Annual report of the Punjab Veterinary College and of the Civil Veterinary Department, Punjab - 1926-1932
Year: 1926
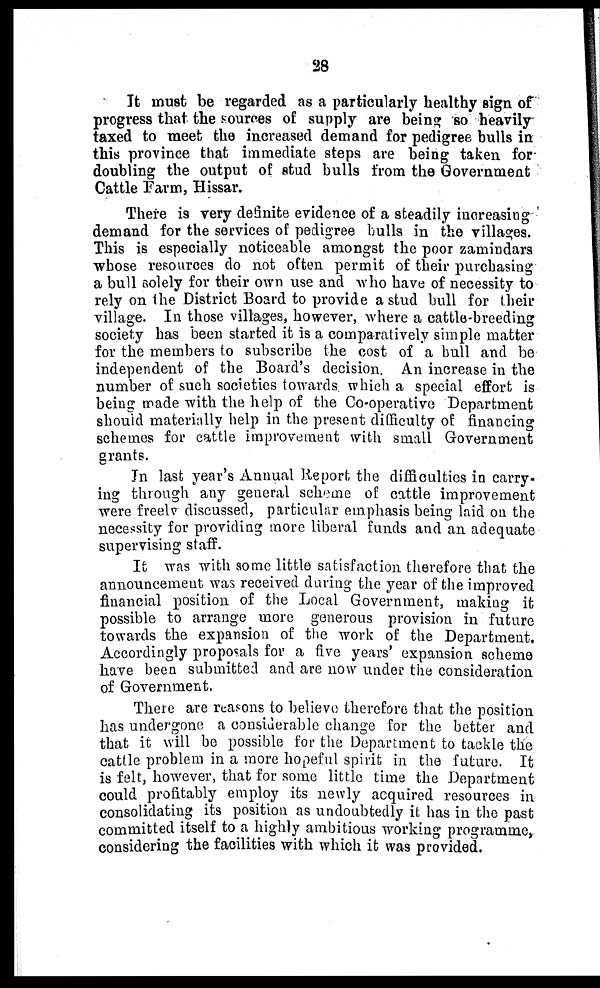
28
It must be regarded as a particularly healthy sign of
progress that the sources of supply are being so heavily
taxed to meet the increased demand for pedigree bulls in
this province that immediate steps are being taken for
doubling the output of stud bulls from the Government
Cattle Farm, Hissar.
There is very definite evidence of a steadily increasing
demand for the services of pedigree bulls in the villages.
This is especially noticeable amongst the poor zamindars
whose resources do not often permit of their purchasing
a bull solely for their own use and who have of necessity to
rely on the District Board to provide a stud bull for their
village. In those villages, however, where a cattle-breeding
society has been started it is a comparatively simple matter
for the members to subscribe the cost of a bull and be
independent of the Board's decision. An increase in the
number of such societies towards which a special effort is
being made with the help of the Co-operative Department
should materially help in the present difficulty of financing
schemes for cattle improvement with small Government
grants.
In last year's Annual Report the difficulties in carry-
ing through any general scheme of cattle improvement
were freely discussed, particular emphasis being laid on the
necessity for providing more liberal funds and an adequate
supervising staff.
It was with some little satisfaction therefore that the
announcement was received during the year of the improved
financial position of the Local Government, making it
possible to arrange more generous provision in future
towards the expansion of the work of the Department.
Accordingly proposals for a five years' expansion scheme
have been submitted and are now under the consideration
of Government.
There are reasons to believe therefore that the position
has undergone a considerable change for the better and
that it will be possible for the Department to tackle the
cattle problem in a more hopeful spirit in the future. It
is felt, however, that for some little time the Department
could profitably employ its newly acquired resources in
consolidating its position as undoubtedly it has in the past
committed itself to a highly ambitious working programme,
considering the facilities with which it was provided.